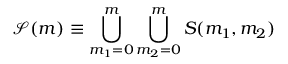
\mathcal { S } ( m ) \equiv \bigcup _ { m _ { 1 } = 0 } ^ { m } \bigcup _ { m _ { 2 } = 0 } ^ { m } S ( m _ { 1 } , m _ { 2 } )